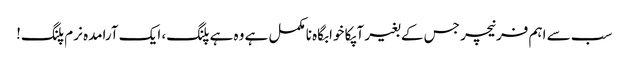
سب سے اہم فرنیچر جس کے بغیر آپکا خوابگاہ نامکمل ہے وہ ہے پلنگ، ایک آرامدہ نرم پلنگ!